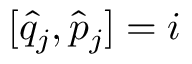
[ \hat { q } _ { j } , \hat { p } _ { j } ] = i